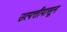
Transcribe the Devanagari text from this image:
उत्पत्तीपासून